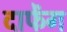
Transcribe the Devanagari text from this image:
दाफेंग